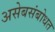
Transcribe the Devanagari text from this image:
असेबसंबोधत